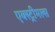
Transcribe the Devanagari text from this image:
एक्स्ट्रीमल्स